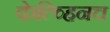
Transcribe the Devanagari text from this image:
केल्व्हिनच